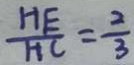
\frac { H E } { H C } = \frac { 2 } { 3 }